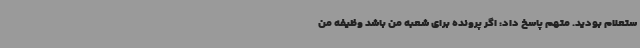
ستعلام بودید. متهم پاسخ داد: اگر پرونده برای شعبه من باشد وظیفه من